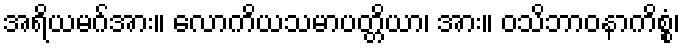
အရိယမဂ်အား။ လောကိယသမာပတ္တိယာ၊ အား။ ဝသိဘာဝနာကိစ္စံ၊